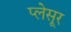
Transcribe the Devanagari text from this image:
प्लेसूर